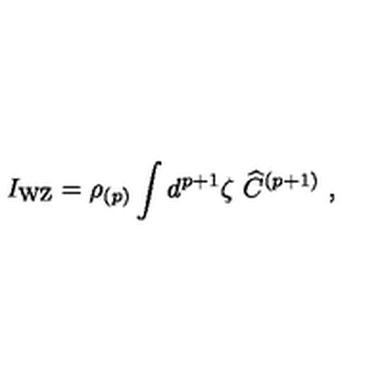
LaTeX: I _ { \mathrm { W Z } } = \rho _ { ( p ) } \int d ^ { p + 1 } \zeta \ { \widehat C } ^ { ( p + 1 ) } \ ,